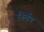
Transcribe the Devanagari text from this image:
निर्मय